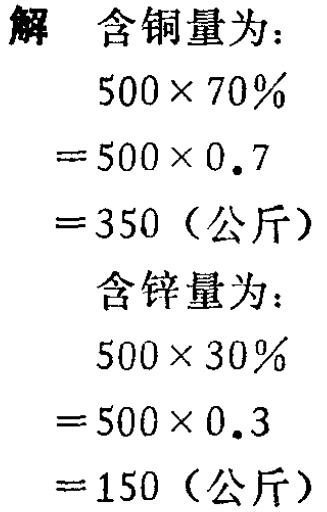
解 含铜量为：

\[

\begin{align*}

&500\times70\%\\

=&500\times0.7\\

=&350 \text{（公斤）}

\end{align*}

\]

含锌量为：

\[

\begin{align*}

&500\times30\%\\

=&500\times0.3\\

=&150 \text{（公斤）}

\end{align*}

\]